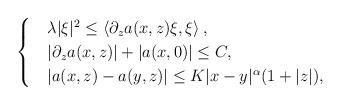
LaTeX: \begin{align*}\begin{cases}&\lambda|\xi|^2\leq \left\langle \partial_za(x,z)\xi,\xi\right\rangle,\\&|\partial_za(x,z)|+|a(x,0)|\leq C,\\&|a(x,z)-a(y,z)|\leq K|x-y|^\alpha(1+|z|),\end{cases}\end{align*}